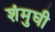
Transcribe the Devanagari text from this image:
शंमुघी